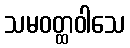
သမဝတ္ထဝါသေ